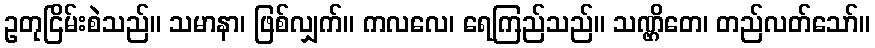
ဥတုငြိမ်းစဲသည်။ သမာနာ၊ ဖြစ်လျှက်။ ကလလေ၊ ရေကြည်သည်။ သဏ္ဌိတေ၊ တည်လတ်သော်။